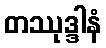
တဿုဒ္ဒါနံ